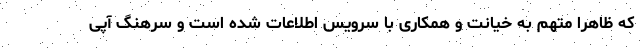
که ظاهرا متهم به خیانت و همکاری با سرویس اطلاعات شده است و سرهنگ آپی